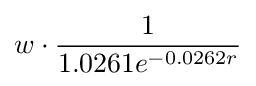
w\cdot {\frac {1}{1.0261e^{-0.0262r}}}